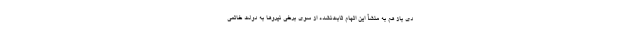
دی باز هم به منشأ این اتهام ثابت‌نشده از سوی برخی نیروها به دولت خاتمی